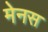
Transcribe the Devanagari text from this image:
मेनस